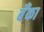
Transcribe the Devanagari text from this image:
बॅँका